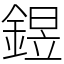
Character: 𨩄